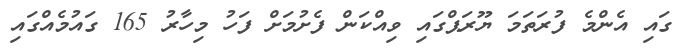
ގައި އެންމެ ފުރަތަމަ ޔޫރަޕްގައި ވިއްކަން ފެށުމަށް ފަހު މިހާރު 165 ގައުމެއްގައި